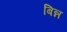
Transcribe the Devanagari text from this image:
बिन्न